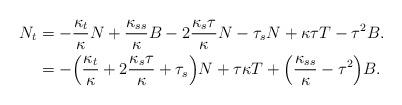
LaTeX: \begin{align*}N_{t} &= -\frac{\kappa_{t}}{\kappa}N+\frac{\kappa_{ss}}{\kappa}B-2\frac{\kappa_{s}\tau}{\kappa}N-\tau_{s}N+\kappa\tau T-\tau^{2}B.\\&= -\Big(\frac{\kappa_{t}}{\kappa}+2\frac{\kappa_{s}\tau}{\kappa}+\tau_{s}\Big)N+\tau\kappa T+\Big(\frac{\kappa_{ss}}{\kappa}-\tau^{2}\Big)B.\end{align*}